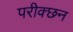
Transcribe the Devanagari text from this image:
परीक्छन